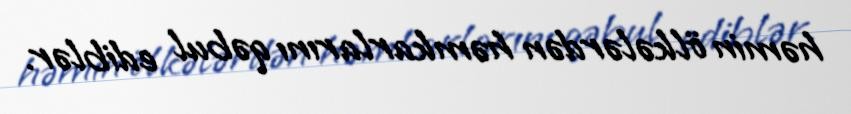
həmin ölkələrdən həmkarlarını qəbul ediblər.